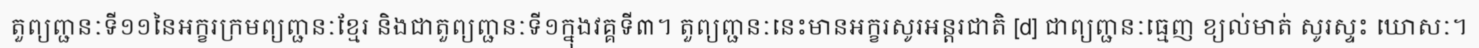
តួព្យញ្ជនៈទី១១នៃអក្ខរក្រមព្យញ្ជនៈខ្មែរ និងជាតួព្យញ្ជនៈទី១ក្នុងវគ្គទី៣។ តួព្យញ្ជនៈនេះមានអក្ខរសូរអន្តរជាតិ [d] ជាព្យញ្ជនៈធ្មេញ ខ្យល់មាត់ សូរស្ទះ ឃោសៈ។